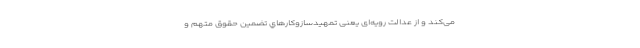
می‌کند و از عدالت رویه‌ای یعنی تمهیدسازوكارهاي تضمين حقوق متهم و